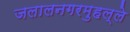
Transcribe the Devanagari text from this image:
जलालनगरमुहल्ले